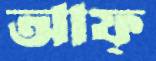
আফ্